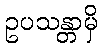
ဥပသန္တာမှိ